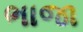
ભાજા